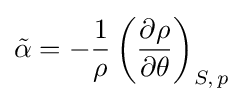
{\tilde {\alpha }}=-{\frac {1}{\rho }}\left({\partial \rho  \over \partial \theta }\right)_{S,\,p}